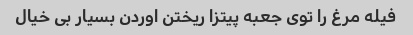
فیله مرغ را توی جعبه پیتزا ریختن اوردن بسیار بی خیال